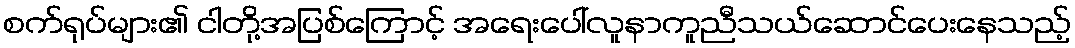
စက်ရုပ်များ၏ ငါတို့အပြစ်ကြောင့် အရေးပေါ်လူနာကူညီသယ်ဆောင်ပေးနေသည့်